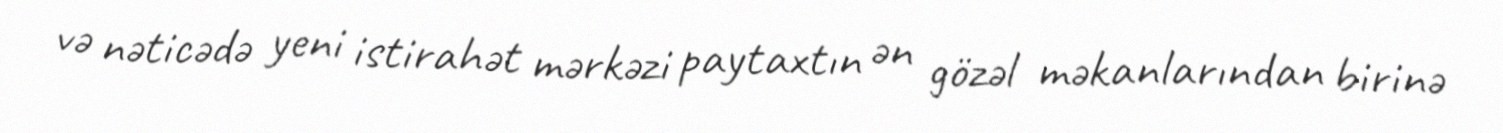
və nəticədə yeni istirahət mərkəzi paytaxtın ən gözəl məkanlarından birinə